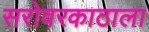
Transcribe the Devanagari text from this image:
सरोवरकाठाला